Sanitation, dispensaries and jails vaccination Rajputana 1922-1927 - 1922-1927
Year: 1922
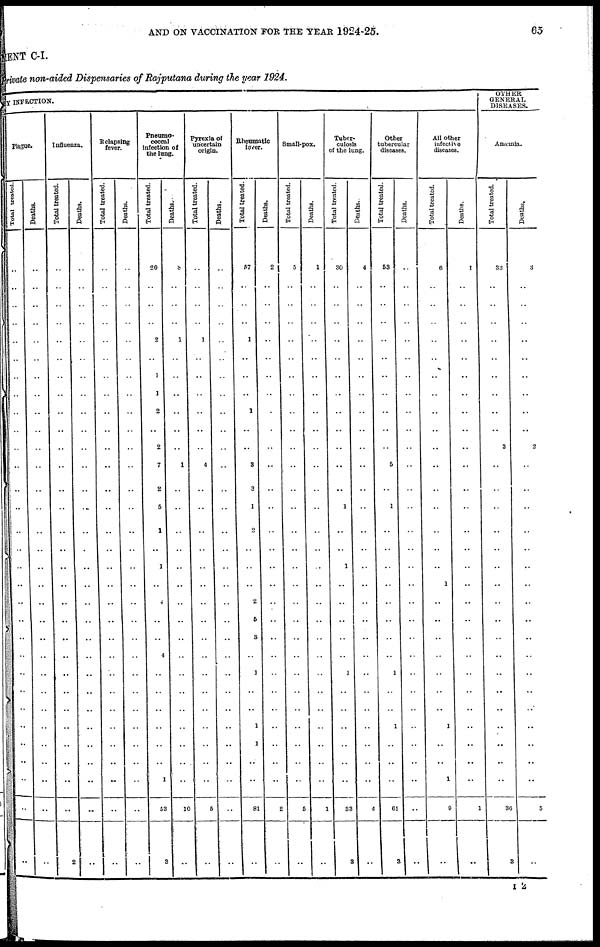
AND ON VACCINATION FOR THE YEAR 1924-25.
65
MENT C-I.
Private non-aided Dispensaries of Rajputana during the year 1924.
BY INFECTION.
Plague.
Total treated.
..
..
..
..
..
..
..
..
..
..
..
..
..
..
..
..
..
..
..
..
..
..
..
..
..
..
..
..
..
..
..
Deaths.
..
..
..
..
..
..
..
..
..
..
..
..
..
..
..
..
..
..
..
..
..
..
..
..
..
..
..
..
..
..
..
Influenza.
Total treated.
..
..
..
..
..
..
..
..
..
..
..
..
..
..
..
..
..
..
..
..
..
..
..
..
..
..
..
..
..
..
2
Deaths.
..
..
..
..
..
..
..
..
..
..
..
..
..
..
..
..
..
..
..
..
..
..
..
..
..
..
..
..
..
..
..
Relapsing
fever.
Total treated.
..
..
..
..
..
..
..
..
..
..
..
..
..
..
..
..
..
..
..
..
..
..
..
..
..
..
..
..
..
..
..
Deaths.
..
..
..
..
..
..
..
..
..
..
..
..
..
..
..
..
..
..
..
..
..
..
..
..
..
..
..
..
..
..
..
Pneumo¬
coccal
infection of
the lung.
Total treated.
20
..
..
..
2
..
1
1
2
..
2
7
2
5
1
..
1
..
4
..
..
4
..
..
..
..
..
..
1
53
3
Deaths.
8
..
..
..
1
..
..
..
..
..
..
1
..
..
..
..
..
..
..
..
..
..
..
..
..
..
..
..
..
10
..
Pyrexia of
uncertain
origin.
Total treated.
..
..
..
..
1
..
..
..
..
..
..
4
..
..
..
..
..
..
..
..
..
..
..
..
..
..
..
..
..
5
..
Deaths.
..
..
..
..
..
..
..
..
..
..
..
..
..
..
..
..
..
..
..
..
..
..
..
..
..
..
..
..
..
..
..
Rheumatic
fever.
Total treated.
57
..
..
..
1
..
..
..
1
..
..
3
3
1
2
..
..
..
2
5
3
..
1
..
..
1
1
..
..
81
..
Deaths.
2
..
..
..
..
..
..
..
..
..
..
..
..
..
..
..
..
..
..
..
..
..
..
..
..
..
..
..
..
2
..
Small-pox.
Total treated.
5
..
..
..
..
..
..
..
..
..
..
..
..
..
..
..
..
..
..
..
..
..
..
..
..
..
..
..
..
5
..
Deaths.
1
..
..
..
..
..
..
..
..
..
..
..
..
..
..
..
..
..
..
..
..
..
..
..
..
..
..
..
..
1
..
Tuber-
culosis
of the lung.
Total treated.
30
..
..
..
..
..
..
..
..
..
..
..
..
1
..
..
1
..
..
..
..
..
1
..
..
..
..
..
..
33
3
Deaths.
4
..
..
..
..
..
..
..
..
..
..
..
..
..
..
..
..
..
..
..
..
..
..
..
..
..
..
..
..
4
..
Other
tubercular
diseases.
Total treated.
53
..
..
..
..
..
..
..
..
..
..
5
..
1
..
..
..
..
..
..
..
..
1
..
..
1
..
..
..
61
3
Deaths.
..
..
..
..
..
..
..
..
..
..
..
..
..
..
..
..
..
..
..
..
..
..
..
..
..
..
..
..
..
..
..
All other
infective
diseases.
Total treated.
6
..
..
..
..
..
..
..
..
..
..
..
..
..
..
..
..
1
..
..
..
..
..
..
..
1
..
..
1
9
..
Deaths.
1
..
..
..
..
..
..
..
..
..
..
..
..
..
..
..
..
..
..
..
..
..
..
..
..
..
..
..
..
1
..
OTHER
GENERAL
DISEASES.
Anæmia.
Total treated.
33
..
..
..
..
..
..
..
..
..
3
..
..
..
..
..
..
..
..
..
..
..
..
..
..
..
..
..
..
36
3
Deaths.
3
..
..
..
..
..
..
..
..
..
2
..
..
..
..
..
..
..
..
..
..
..
..
..
..
..
..
..
..
5
..
I 2